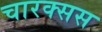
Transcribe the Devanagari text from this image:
चारक्सस